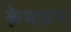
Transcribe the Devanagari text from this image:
केमडन